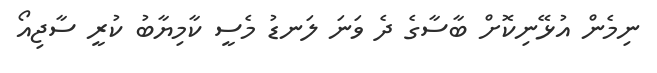
ނިމެން އުޅޭނިކޮށް ބާސާގެ ދެ ވަނަ ލަނޑު މެސީ ކާމިޔާބު ކުރީ ސާޖިއޯ